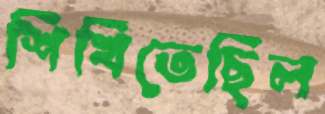
শিখিতেছিল